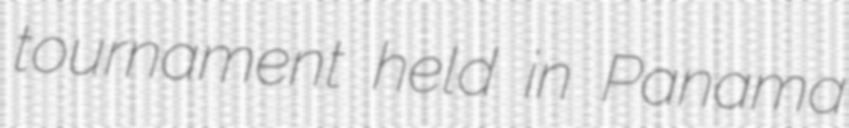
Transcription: tournament held in Panama